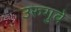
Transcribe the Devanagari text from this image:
उरुगुवे